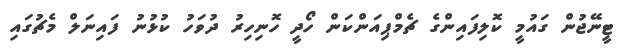
ޓީނޭޖުން ގައުމީ ކޮލިފައިންގެ ޗެމްޕިއަންކަން ހޯދީ ހޮނިހިރު ދުވަހު ކުޅުނު ފައިނަލް މެޗުގައި